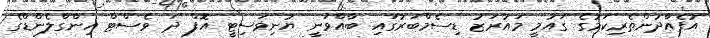
އުފެއްދުންތެރިކަމުގެ ގައުމީ މައުރަޒު ޑިސެމްބަރުގައި ބާއްވަނީ ޔުނިވަސިޓީ އޮފް ދަ ވެސްޓް އިންގްލެންޑްގެ